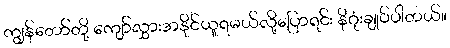
ကျွန်တော်တို့ ကျော်လွှားအနိုင်ယူရမယ်လို့ပြောရင်း နိဂုံးချုပ်ပါတယ်။